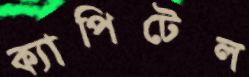
ক্যাপিটেল